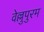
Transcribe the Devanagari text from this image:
वेल्लुपुरम